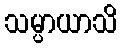
သမ္ပာယာသိ